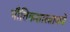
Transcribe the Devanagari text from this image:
भौतिकशास्त्राकडे